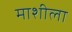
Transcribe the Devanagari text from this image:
माशीला